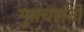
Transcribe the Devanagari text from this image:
गुप्तचरांनी